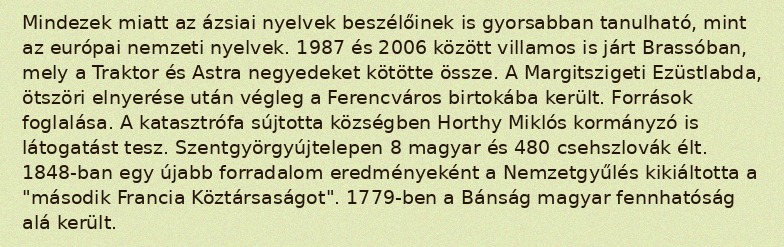
Mindezek miatt az ázsiai nyelvek beszélőinek is gyorsabban tanulható, mint az európai nemzeti nyelvek. 1987 és 2006 között villamos is járt Brassóban, mely a Traktor és Astra negyedeket kötötte össze. A Margitszigeti Ezüstlabda, ötszöri elnyerése után végleg a Ferencváros birtokába került. Források foglalása. A katasztrófa sújtotta községben Horthy Miklós kormányzó is látogatást tesz. Szentgyörgyújtelepen 8 magyar és 480 csehszlovák élt. 1848-ban egy újabb forradalom eredményeként a Nemzetgyűlés kikiáltotta a "második Francia Köztársaságot". 1779-ben a Bánság magyar fennhatóság alá került.